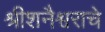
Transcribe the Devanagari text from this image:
श्रीशनैश्वराचे